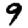
Digit: 9